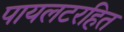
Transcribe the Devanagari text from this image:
पायलटरहित